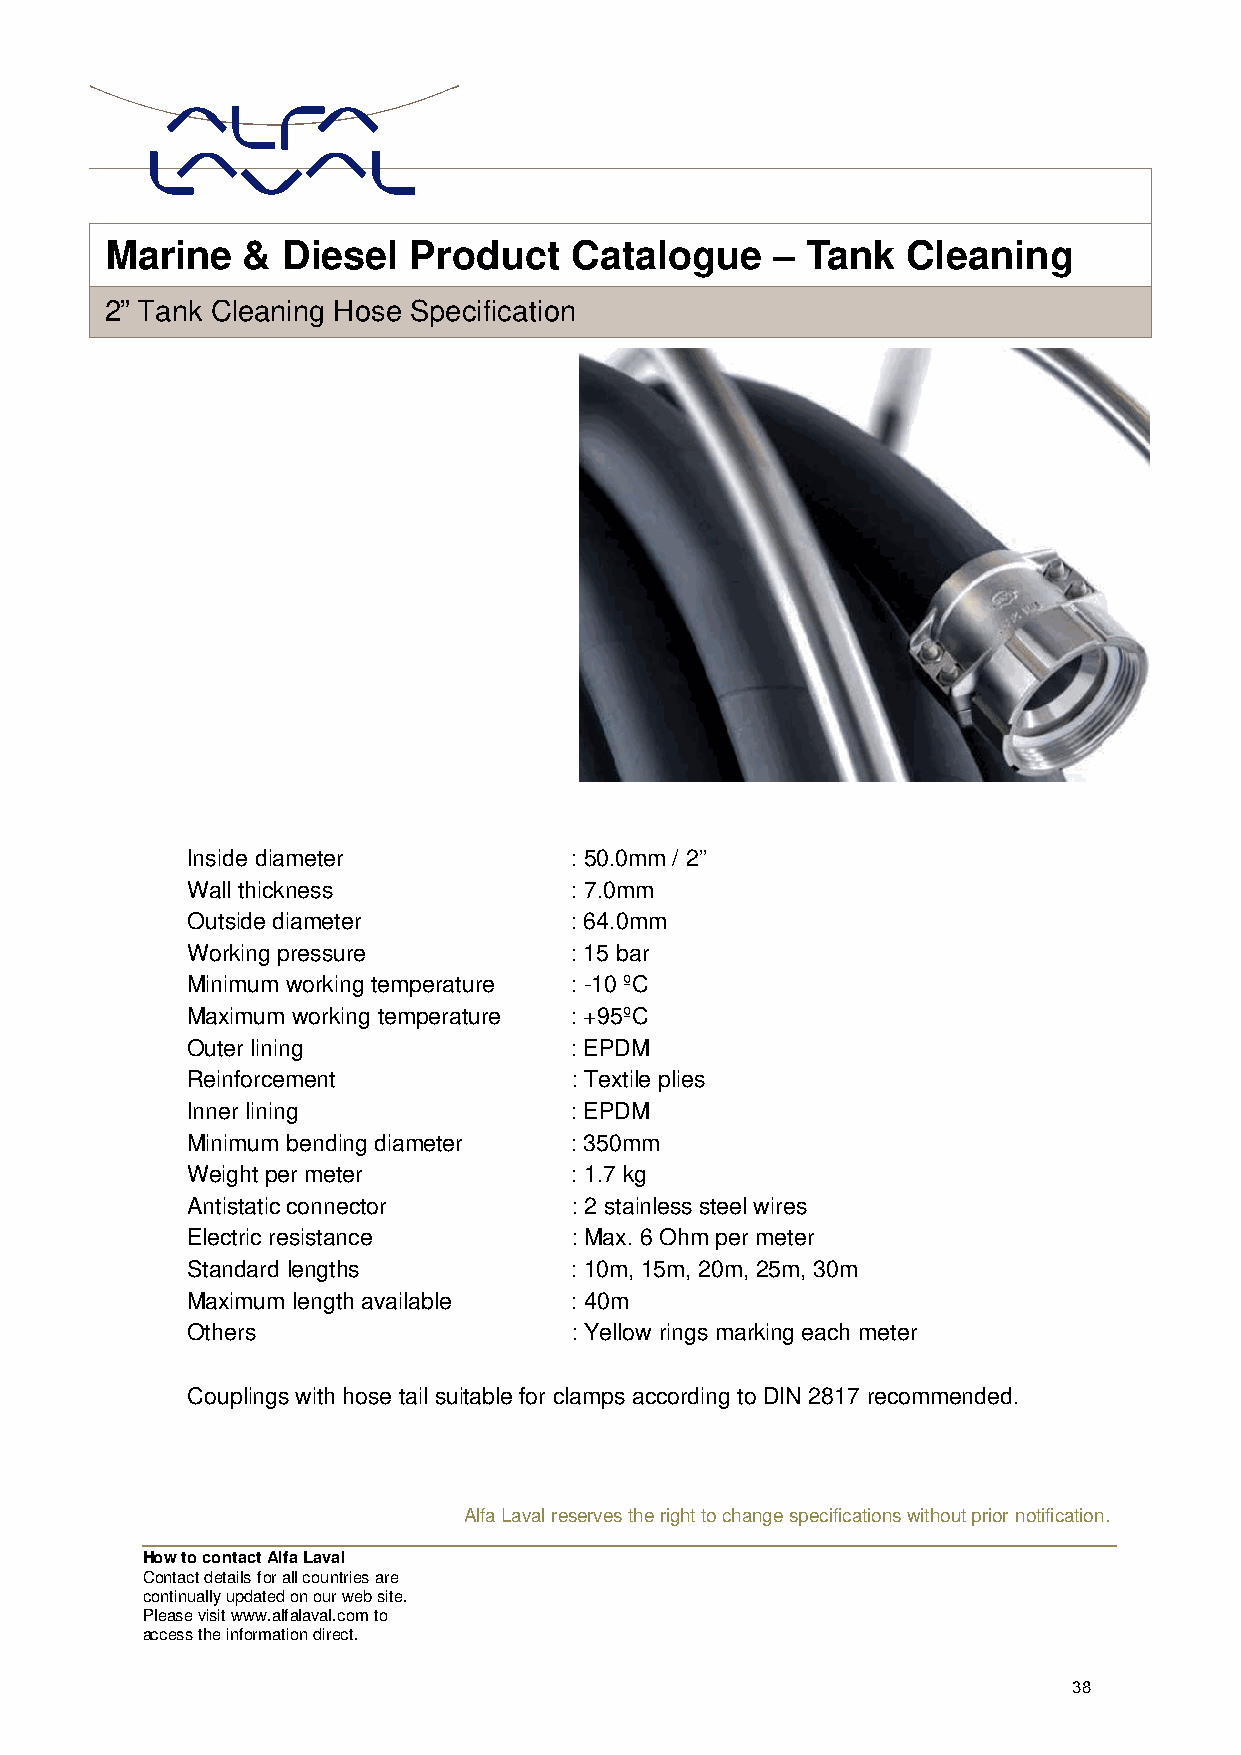
Marin  e &  Diesel  Product    Catalogue    – Tank   Cleaning
 2” Tank Cleaning Hose Specification
 Inside diameter           : 50.0mm / 2”
 Wall thickness            : 7.0mm
 Outside diameter          : 64.0mm
 Working pressure          : 15 bar
 Minimum working temperature : -10 ºC
 Maximum working temperature : +95ºC
 Outer lining              : EPDM
 Reinforcement             : Textile plies
 Inner lining              : EPDM
 Minimum bending diameter  : 350mm
 Weight per meter          : 1.7 kg
 Antistatic connector      : 2 stainless steel wires
 Electric resistance       : Max. 6 Ohm per meter
 Standard lengths          : 10m, 15m, 20m, 25m, 30m
 Maximum length available  : 40m
 Others                    : Yellow rings marking each meter
 Couplings with hose tail suitable for clamps according to DIN 2817 recommended.
 Alfa Laval reserves the right to change specifications without prior notification.
 How to contact Alfa Laval
 Contact details for all countries are
 continually updated on our web site.
 Please visit www.alfalaval.com to
 access the information direct.
 38